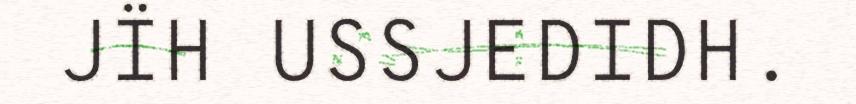
JÏH USSJEDIDH.